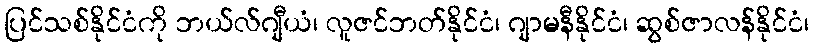
ပြင်သစ်နိုင်ငံကို ဘယ်လ်ဂျီယံ၊ လူဇင်ဘတ်နိုင်ငံ၊ ဂျာမနီနိုင်ငံ၊ ဆွစ်ဇာလန်နိုင်ငံ၊